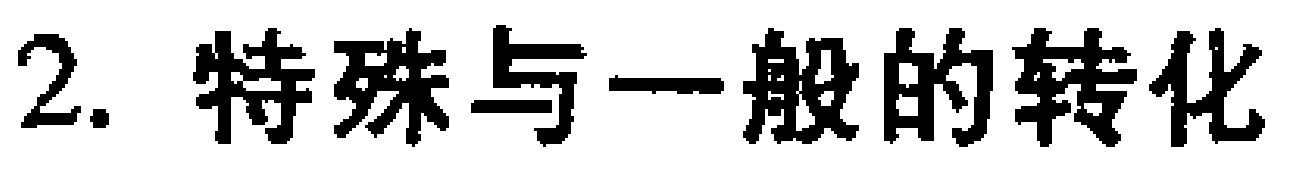
2. 特殊与一般的转化